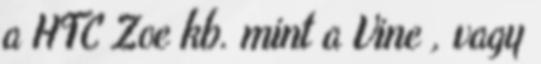
a HTC Zoe kb. mint a Vine , vagy